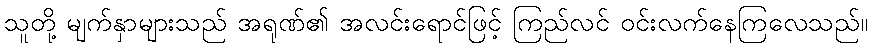
သူတို့ မျက်နှာများသည် အရုဏ်၏ အလင်းရောင်ဖြင့် ကြည်လင် ဝင်းလက်နေကြလေသည်။